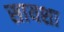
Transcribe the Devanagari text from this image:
सायशा